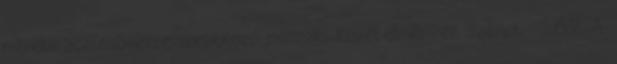
méretû acélcsövekre vonatkozó mûszaki követelmények szerint . 2.6.2. A